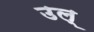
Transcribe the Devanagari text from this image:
उल्‌